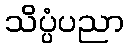
သိပ္ပံပညာ